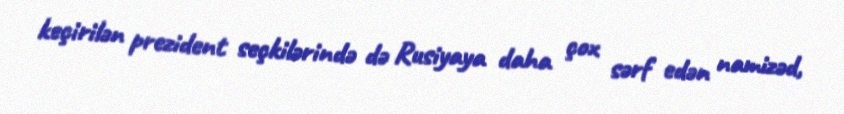
keçirilən prezident seçkilərində də Rusiyaya daha çox sərf edən namizəd,